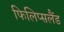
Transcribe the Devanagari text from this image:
फिलिप्सलैंड